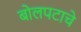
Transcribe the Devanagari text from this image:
बोलपटाचे